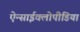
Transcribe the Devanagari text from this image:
ऐन्साईक्लोपीडिया